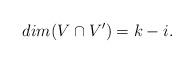
LaTeX: \begin{align*}dim(V \cap V')=k-i.\end{align*}